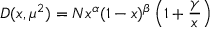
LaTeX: D ( x , \mu ^ { 2 } ) = N x ^ { \alpha } ( 1 - x ) ^ { \beta } \left( 1 + \frac { \gamma } { x } \right)